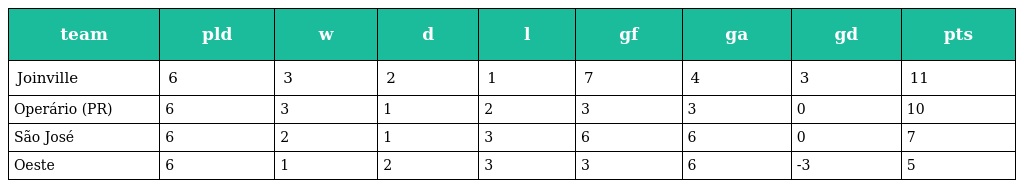
| team | pld | w | d | l | gf | ga | gd | pts |
 | --- | --- | --- | --- | --- | --- | --- | --- | --- |
 | Joinville | 6 | 3 | 2 | 1 | 7 | 4 | 3 | 11 |
 | Operário (PR) | 6 | 3 | 1 | 2 | 3 | 3 | 0 | 10 |
 | São José | 6 | 2 | 1 | 3 | 6 | 6 | 0 | 7 |
 | Oeste | 6 | 1 | 2 | 3 | 3 | 6 | -3 | 5 |